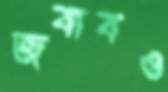
জবাবও